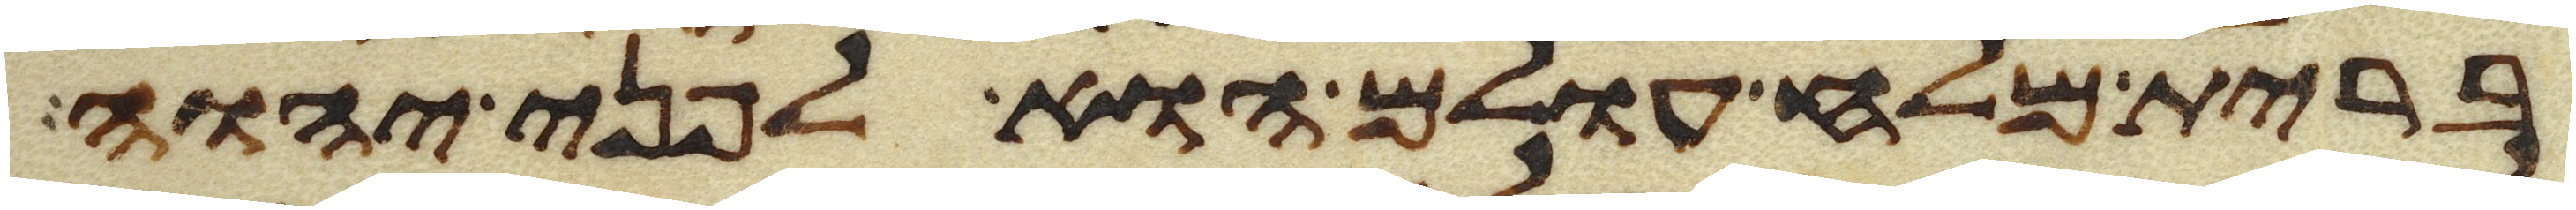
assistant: ברית מלח עולם הוא לפני יהוה